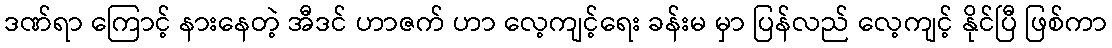
ဒဏ်ရာ ကြောင့် နားနေတဲ့ အီဒင် ဟာဇက် ဟာ လေ့ကျင့်ရေး ခန်းမ မှာ ပြန်လည် လေ့ကျင့် နိုင်ပြီ ဖြစ်ကာ